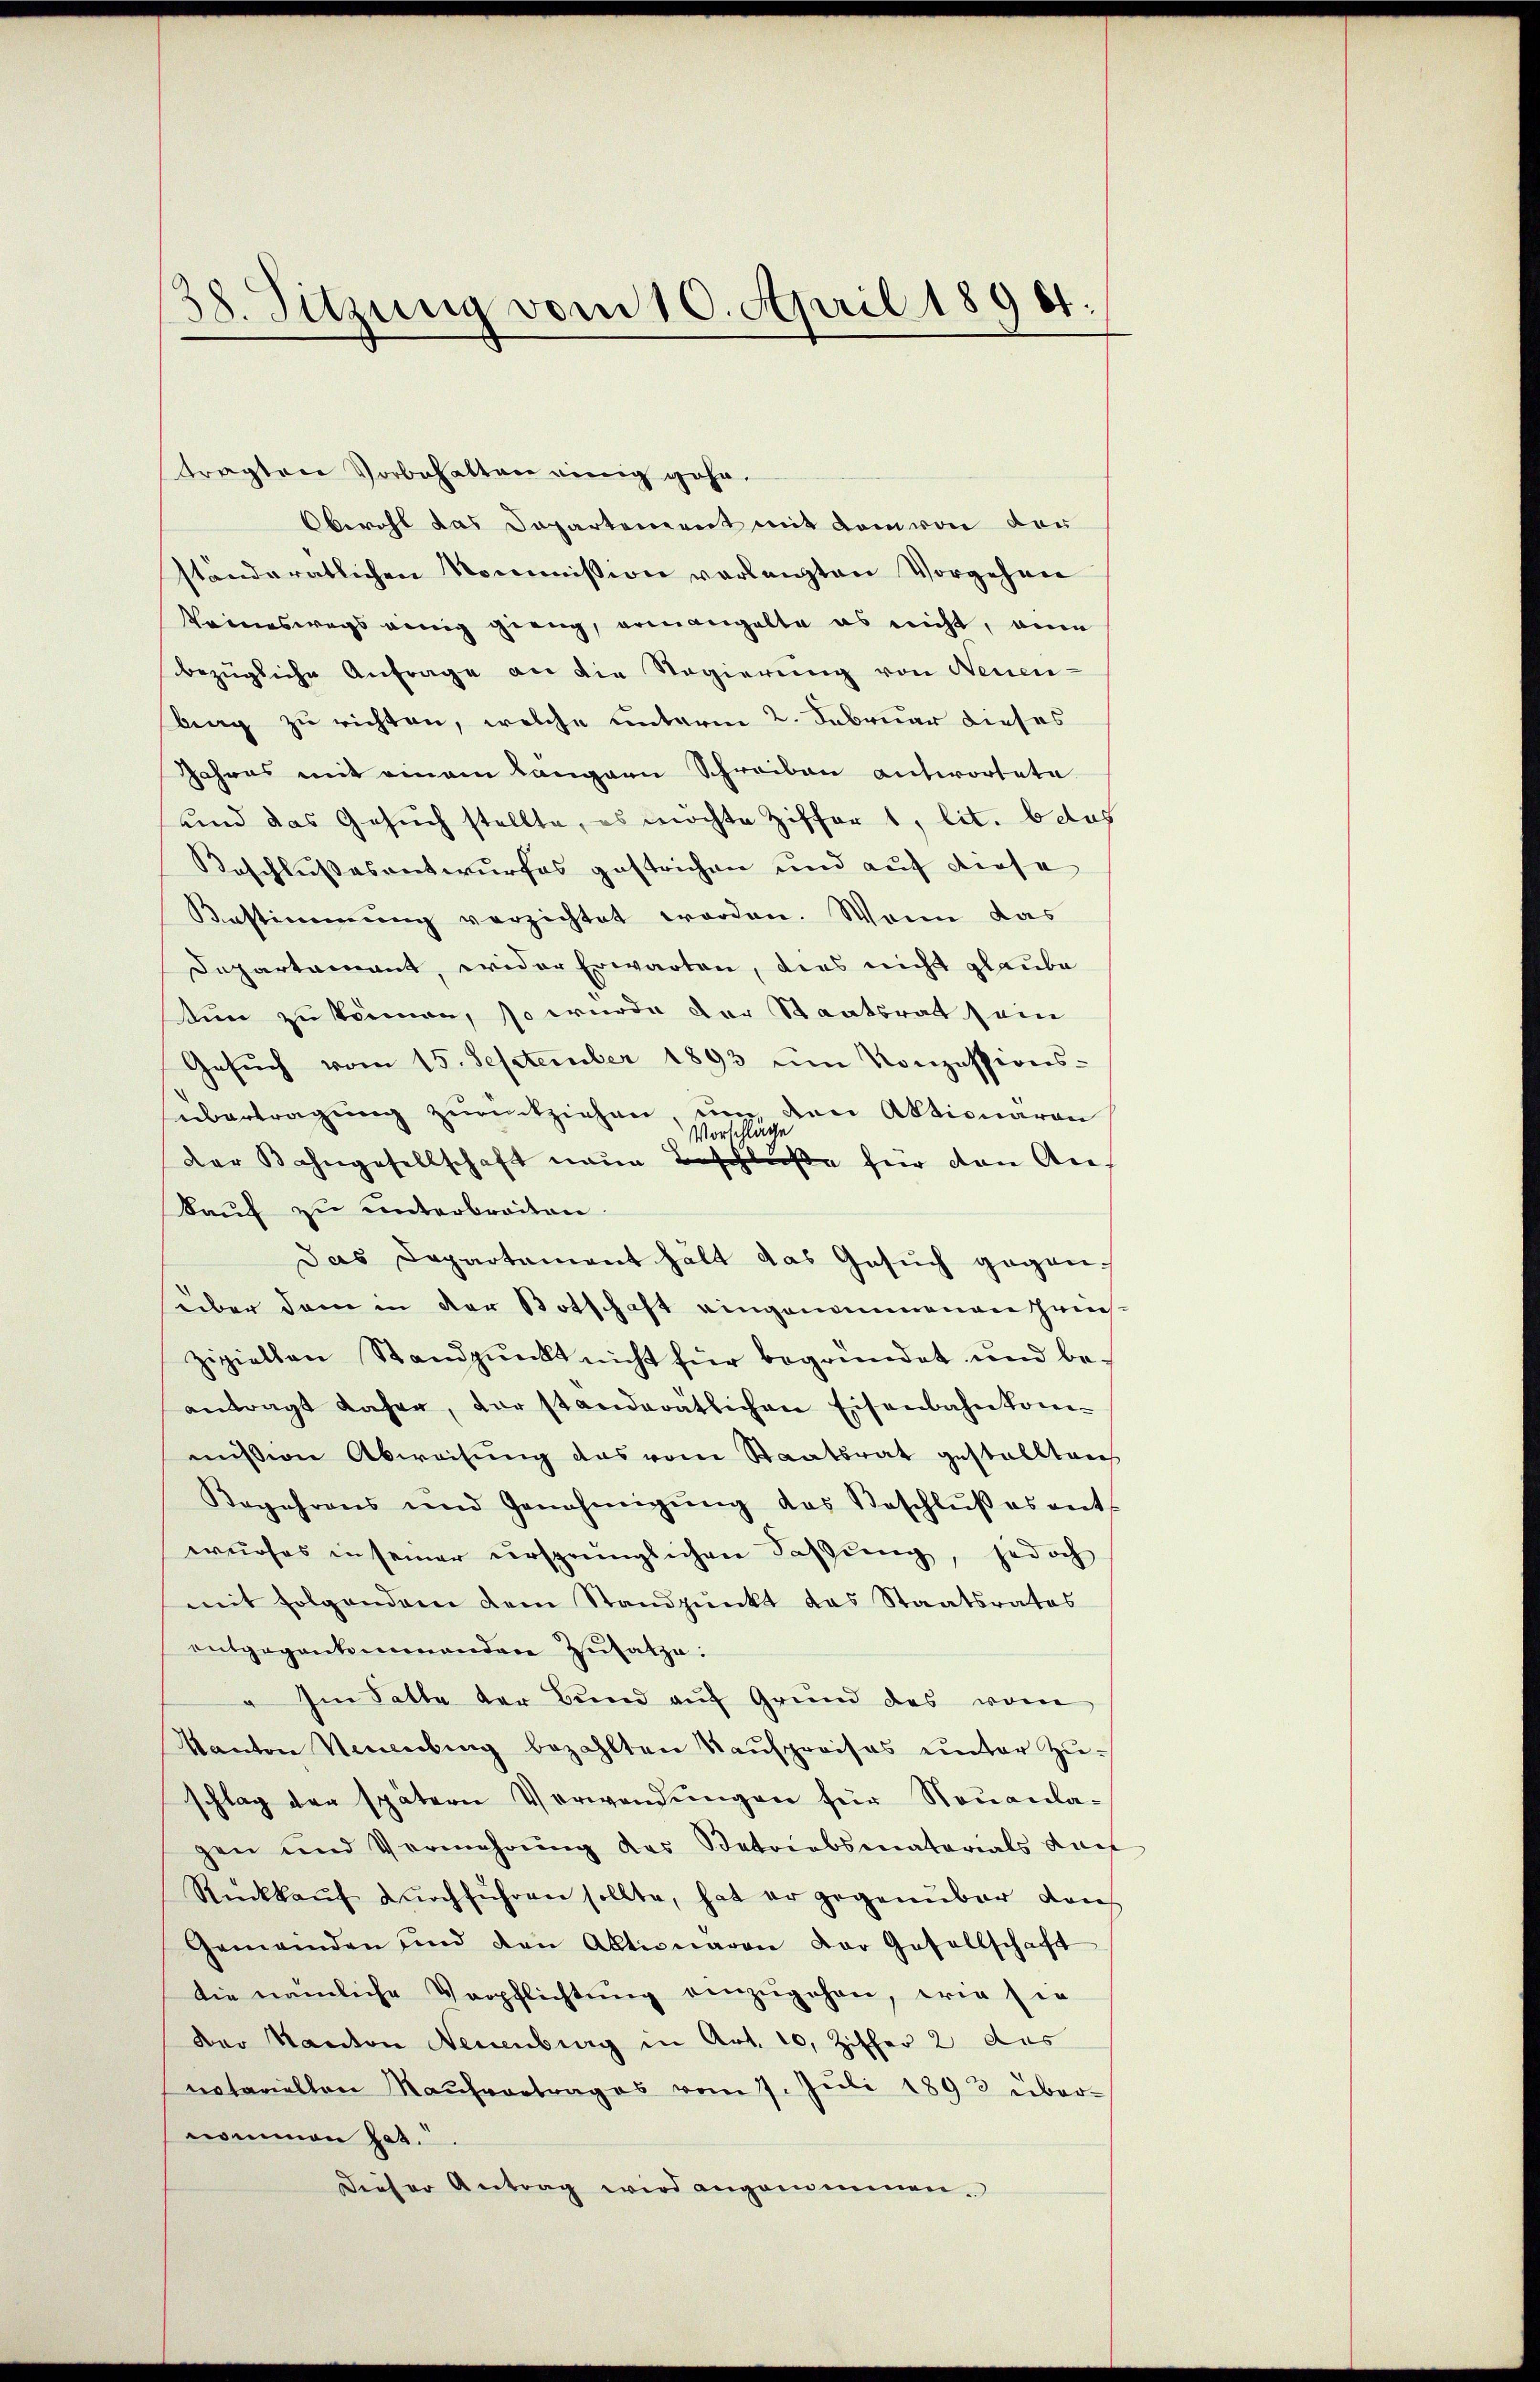
38. Sitzung vom 10. April 1890.

tragten Vorbehalten einig geha
Oberaht das Departenereit mit dem von der
ständeratlichen Nommission verlangten Vorgehen
Keineswegs einig gieng, ermangelte es nicht, ein
bezügliche Anfrage an die Regierung von Neuen-
berg zu richten, welche unterm 2. Februar dieses
Jahres mit einem Langarn Schreiben antwortete
und das Gesuch stellte, es möchte Ziffer 1, lit. b das
Beschlussesentwurfes gestrichen und auf diese
Bestimmung verzichtet worden. Wenn das
Departement, wider Erwarten, dies nicht glaube
ten zu können, so wurde der Staatsrat sein
Gesŭch vom 15. September 1893 im Konzessions-
übertragung zurückziehen, um den Aktionären
Vorschläge
Der Bahngesellschaft neŭe Beschlüße für den An-
kauf zu unterbreiten.
Das Departement hält das Gesuch gegen-
über dem in der Botschaft eingenommenen Iren
zipiellen Standpunkt nicht für begründet und be-
antragt daher, der standerätlichen Eisenbahnkom-
mission Abweisung das vom Staatsrat gestellten
Kogehrens und Genehmigŭng das Beschlŭβ es ent-
wurfes in seiner ursprünglichen Faßung, jedoch
mit folgendem dem Standpŭnkt das Staatsrates
entgegenkommandere Zusatze:
 Im Satte der Bund auf Grund des vom
Kanton Neuenburg bezahlten Kaufpreises unter Zuschlag der spätern Verwendungen für Neuanlagen und Vermehrung des Betriebsmaterials dach
Rückkaŭf dŭrchführen sollte, hat er gegenüber den
Gemeinden und den Aktionaron der Gesellschaft
die nämliche Verpflichtung einzugehen, wie sie
Der Kanton Neuenburg in Art. 10, Ziffer 2 des
notariellen Kaŭfvertrages vom 7. Jŭli 1893 über-
nommen hat.
Dieser Antrag wird angenommen.